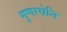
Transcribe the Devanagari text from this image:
गुणाचेनि